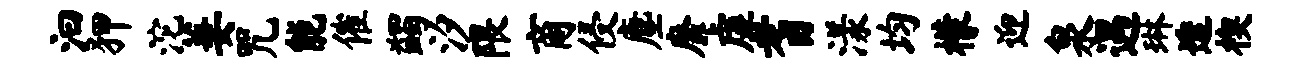
汩狎沱萋咒能催蠲汐隈商侵麈靡虚耆漾均檬迎泉遇琳透楔